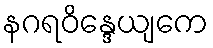
နဂရဝိန္ဒေယျကေ